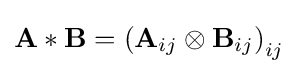
\mathbf {A} \ast \mathbf {B} =\left(\mathbf {A} _{ij}\otimes \mathbf {B} _{ij}\right)_{ij}